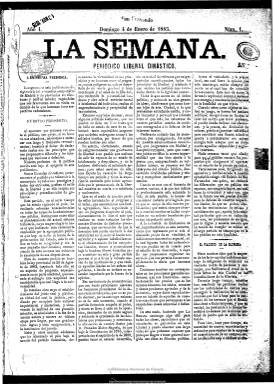
Título: La Semana (San Fernando)
Colección: Periódicos
Ámbito geográfico: Cádiz
Lugar de publicación: San Fernando [Cádiz]
Fechas: 04/01/1885-28/03/1886

Con toda probabilidad, aunque no aparezca identificado como tal en ningún lugar del semanario, es fundado y dirigido por el procurador de los tribunales Eduardo Fernández Terán, como órgano en esta población gaditana del Partido Fusionista, liderado por Práxedes Mateo Sagasta, que en el momento de su aparición, el cuatro de enero de 1885, se encuentra en la oposición después de haber formado gobierno y haberse establecido ya el turno de partidos en el sistema político de la Restauración, y que se autocalifica con el subtítulo “periódico liberal dinástico”.

Aparece los domingos en números de cuatro páginas y compuesto a cuatro columnas, con artículos doctrínales y políticos y noticias distribuidas en secciones: Retazos, especie de croniquilla local; Ayuntamiento, con la información municipal; Revista parlamentaria, e incluso sección literaria, folletín y anuncios publicitarios. Desde sus páginas se hace también una defensa de los intereses locales, como el fomento de la marina y de la industria salinera. Señala que cuenta con corresponsales en los principales mercados andaluces, con los que elabora una sección comercial con los precios de los productos agrícolas. Prácticamente sus textos no van firmados, a excepción de algunas iniciales y seudónimos.

Defiende el programa político del partido liberal progresista y monárquico sagastino y difunde las actividades de sus dirigentes locales. Estando de nuevo el partido liberal en el poder desde noviembre de 1885, en el número 65, correspondiente al 28 de marzo de 1886 y último de la colección, anuncia cambios en el periódico, pero seguramente no los llevó a cabo al dejar de publicarse, a los quince meses de su aparición. Fernández Terán llegará a ser prohombre de la localidad, siendo durante trece años y hasta 1909 concejal, y a partir de esta fecha bibliotecario del ayuntamiento, falleciendo en agosto de 1930, a los 89 años de edad.